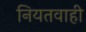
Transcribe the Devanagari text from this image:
नियतवाही